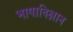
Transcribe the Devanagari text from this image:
भाषाविक्षान